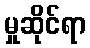
မှုဆိုင်ရာ